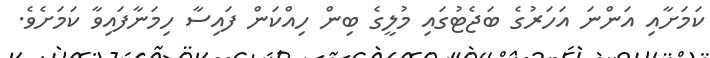
ކަމަށާއި އަންނަ އަހަރުގެ ބަޖެޓުގައި މުލީގެ ބިން ހިއްކަން ފައިސާ ހިމަނާފައިވާ ކަމަށެވެ.